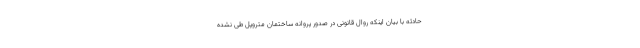
حادثه با بیان اینکه روال قانونی در صدور پروانه ساختمان متروپل طی نشده